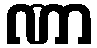
ဏာ